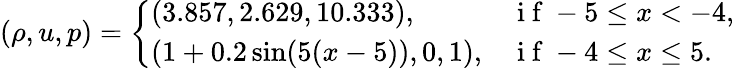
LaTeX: \left(\rho,u,p\right)=\left\{ \begin{array}{ll}{(3.857,2.629,10.333),}&{\mathrm{~i~f~}-5\leq x<-4,}\\ {(1+0.2\sin(5(x-5)),0,1),}&{\mathrm{~i~f~}-4\leq x\leq 5.}\end{array}\right.